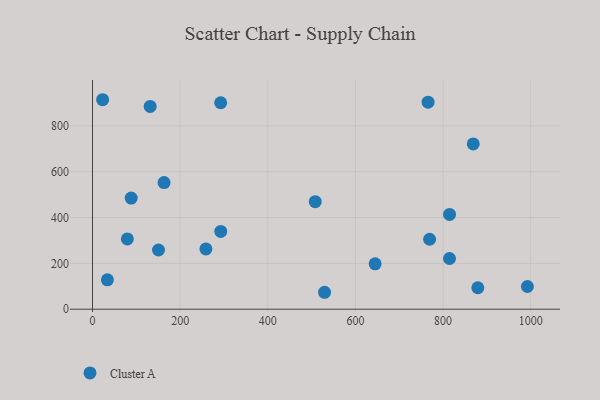
{"axis": {"x": "Experience", "y": "Yield"}, "legend": ["Cluster A"], "data": [{"x": "88.3", "y": 484.9, "type": "Cluster A"}, {"x": "150.6", "y": 258.3, "type": "Cluster A"}, {"x": "645.0", "y": 198.0, "type": "Cluster A"}, {"x": "163.3", "y": 552.5, "type": "Cluster A"}, {"x": "131.6", "y": 884.7, "type": "Cluster A"}, {"x": "814.8", "y": 413.6, "type": "Cluster A"}, {"x": "769.3", "y": 305.1, "type": "Cluster A"}, {"x": "292.5", "y": 900.7, "type": "Cluster A"}, {"x": "292.7", "y": 339.4, "type": "Cluster A"}, {"x": "23.1", "y": 913.8, "type": "Cluster A"}, {"x": "814.7", "y": 221.2, "type": "Cluster A"}, {"x": "258.8", "y": 263.1, "type": "Cluster A"}, {"x": "34.0", "y": 128.3, "type": "Cluster A"}, {"x": "992.4", "y": 99.1, "type": "Cluster A"}, {"x": "868.9", "y": 720.8, "type": "Cluster A"}, {"x": "508.3", "y": 469.0, "type": "Cluster A"}, {"x": "79.5", "y": 306.6, "type": "Cluster A"}, {"x": "765.8", "y": 902.9, "type": "Cluster A"}, {"x": "879.3", "y": 93.6, "type": "Cluster A"}, {"x": "529.6", "y": 73.8, "type": "Cluster A"}]}